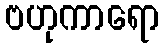
ဗဟုကာရော